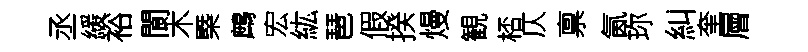
丞緩裕閬木槩鷓宏紘琶假揆熳観桮仄禀氤珎糾奎層